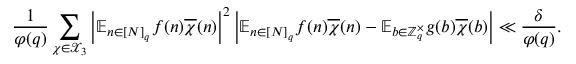
\frac { 1 } { \varphi ( q ) } \sum _ { \chi \in \mathcal { X } _ { 3 } } \left| \mathbb { E } _ { n \in [ N ] _ { q } } f ( n ) \overline { { \chi } } ( n ) \right| ^ { 2 } \left| \mathbb { E } _ { n \in [ N ] _ { q } } f ( n ) \overline { { \chi } } ( n ) - \mathbb { E } _ { b \in \mathbb { Z } _ { q } ^ { \times } } g ( b ) \overline { { \chi } } ( b ) \right| \ll \frac { \delta } { \varphi ( q ) } .